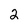
Character: 2